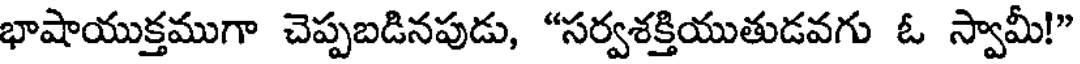
భాషాయుక్తముగా చెప్పబడినపుడు, "సర్వశక్తియుతుడవగు ఓ స్వామీ!"